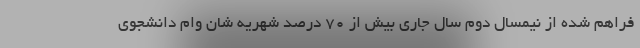
فراهم شده از نیمسال دوم سال جاری بیش از 70 درصد شهریه شان وام دانشجوی